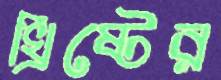
খ্রিষ্টের